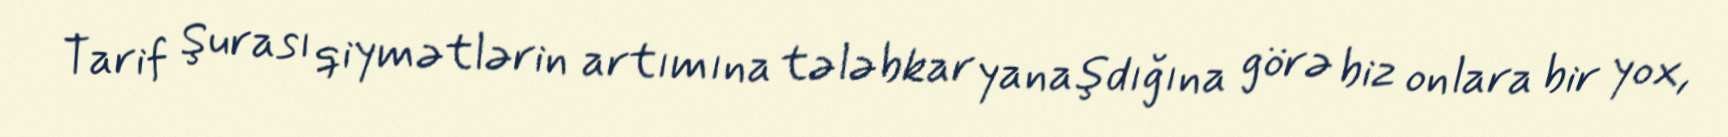
Tarif Şurası qiymətlərin artımına tələbkar yanaşdığına görə biz onlara bir yox,